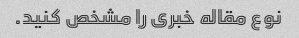
نوع مقاله خبری را مشخص کنید.